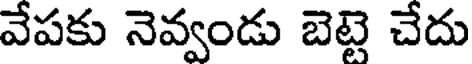
వేపకు నెవ్వండు బెట్టె చేదు